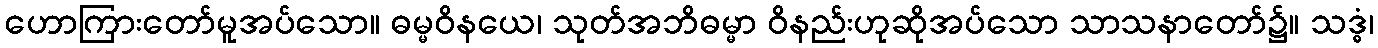
ဟောကြားတော်မူအပ်သော။ ဓမ္မဝိနယေ၊ သုတ်အဘိဓမ္မာ ဝိနည်းဟုဆိုအပ်သော သာသနာတော်၌။ သဒ္ဓံ၊